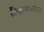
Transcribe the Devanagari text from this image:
विहायसम्।